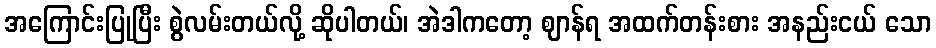
အကြောင်းပြုပြီး စွဲလမ်းတယ်လို့ ဆိုပါတယ်၊ အဲဒါကတော့ ဈာန်ရ အထက်တန်းစား အနည်းငယ် သော